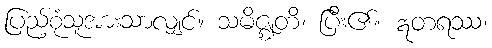
ပြည့်စုံသူအားသာလျှင်။ သမိဇ္ဈတိ၊ ပြီး၏။ ဣတရဿ၊